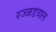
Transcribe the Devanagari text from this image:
रज्जडवाल